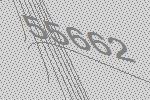
55662